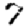
Digit: 7